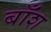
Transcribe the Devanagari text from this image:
बाँश